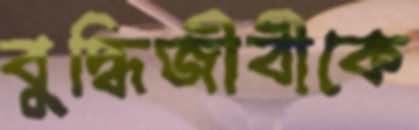
বুদ্ধিজীবীকে